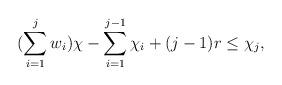
LaTeX: \begin{align*}(\sum\limits_{i=1}^j w_i) \chi - \sum\limits_{i =1}^{j-1} \chi_i + (j-1)r \leq \chi_j,\end{align*}